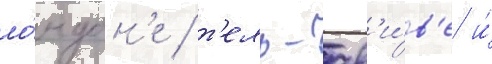
ло́ндон'е / т'ель-ав'и́в'е и́